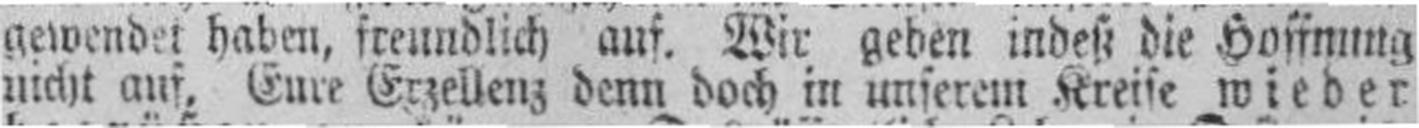
nich auf. Eure Erzellenz denn doch in unserem Kreise wieder